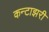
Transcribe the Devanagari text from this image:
कन्टाझरी